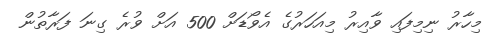
މިހާރު ނިމިފައި ވާއިރު މިއަހަރުގެ އެވޯޑަށް 500 އަށް ވުރެ ގިނަ ފަރާތުން